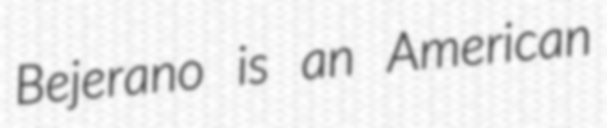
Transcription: Bejerano is an American